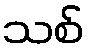
သစ်